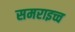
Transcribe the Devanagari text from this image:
समराइच्च